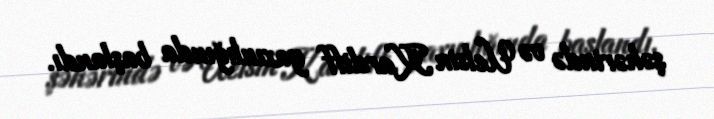
şəhərində və Uelsin Kardiff yaxınlığında başlandı.